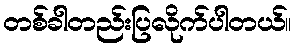
တစ်ခါတည်းပြလိုက်ပါတယ်။